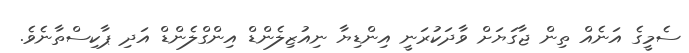
ސެމީގެ އަނެއް ތިން ޖާގަޔަށް ވާދަކުރަނީ އިންޑިޔާ ނިއުޒިލެންޑް އިންގްލެންޑް އަދި ޕާކިސްތާނެވެ.